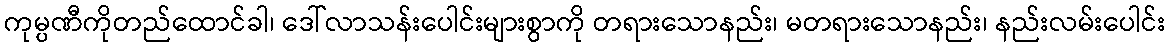
ကုမ္ပဏီကိုတည်ထောင်ခါ၊ ဒေါ်လာသန်းပေါင်းများစွာကို တရားသောနည်း၊ မတရားသောနည်း၊ နည်းလမ်းပေါင်း